Lunatic asylums Central Provinces reports 1910-1926 - 1910-1926
Year: 1910
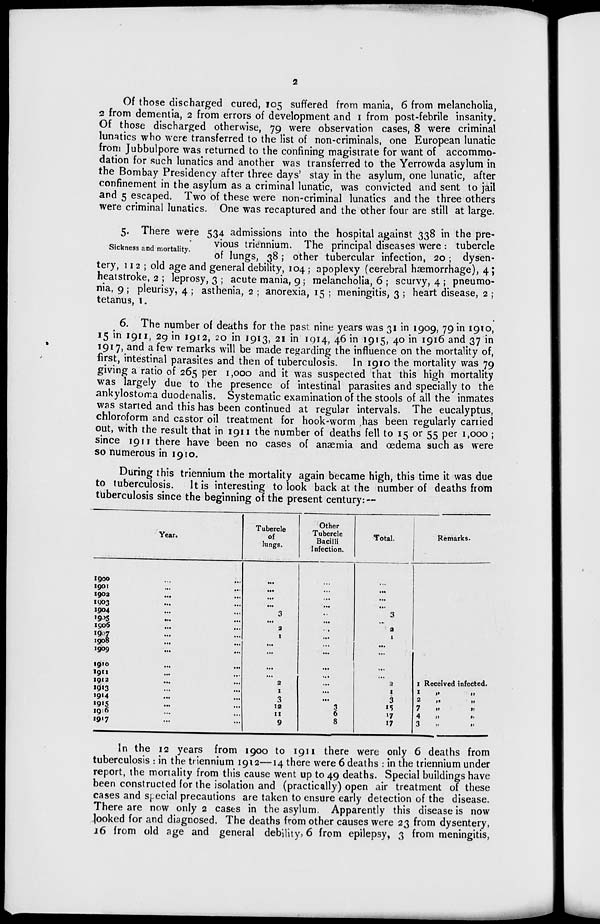
2
Of those discharged cured, 105 suffered from mania, 6 from melancholia,
2 from dementia, 2 from errors of development and 1 from post-febrile insanity.
Of those discharged otherwise, 79 were observation cases, 8 were criminal
lunatics who were transferred to the list of non-criminals, one European lunatic
from Jubbulpore was returned to the confining magistrate for want of accommo-
dation for such lunatics and another was transferred to the Yerrowda asylum in
the Bombay Presidency after three days' stay in the asylum, one lunatic, after
confinement in the asylum as a criminal lunatic, was convicted and sent to jail
and 5 escaped. Two of these were non-criminal lunatics and the three others
were criminal lunatics. One was recaptured and the other four are still at large.
Sickness and mortality.
5. There were 534 admissions into the hospital against 338 in the pre-
vious triennium. The principal diseases were : tubercle
of lungs, 38 ; other tubercular infection, 20 ; dysen-
tery, 112 ; old age and general debility, 104 ; apoplexy (cerebral hæmorrhage), 4 ;
heatstroke, 2 ; leprosy, 3 ; acute mania, 9 ; melancholia, 6 ; scurvy, 4 ; pneumo-
nia, 9 ; pleurisy, 4 ; asthenia, 2 ; anorexia, 15 ; meningitis, 3 ; heart disease, 2 ;
tetanus, 1.
6. The number of deaths for the past nine years was 31 in 1909, 79 in 1910,
15 in 1911, 29 in 1912, 20 in 1913, 21 in 1914, 46 in 1915, 40 in 1916 and 37 in
1917, and a few remarks will be made regarding the influence on the mortality of,
first, intestinal parasites and then of tuberculosis. In 1910 the mortality was 79
giving a ratio of 265 per 1,000 and it was suspected that this high mortality
was largely due to the presence of intestinal parasites and specially to the
ankylostoma duodenalis. Systematic examination of the stools of all the inmates
was started and this has been continued at regular intervals. The eucalyptus,
chloroform and castor oil treatment for hook-worm has been regularly carried
out, with the result that in 1911 the number of deaths fell to 15 or 55 per 1,000 ;
since 1911 there have been no cases of anæmia and œdema 9uch as were
so numerous in 1910.
During this triennium the mortality again became high, this time it was due
to tuberculosis. It is interesting to look back at the number of deaths from
tuberculosis since the beginning of the present century: —
Year.
1900 ... ...
1901 ... ...
1902 ... ...
1903 ... ...
1904 ... ...
1905 ... ...
1906 ... ...
1907 ... ...
1908 ... ...
1909
...
...
1910 ... ...
1911 ... ...
1912 ... ...
1913 ... ...
1914
...
...
1915 ... ...
1916 ... ...
1917 ... ...
Tubercle
of
lungs.
...
...
...
...
3
...
2
1
...
...
...
...
2
1
3
12
11
9
Other
Tubercle
Bacilli
Infection.
...
...
...
...
...
...
...
...
...
...
...
...
...
...
...
3
6
8
Total.
...
...
...
...
3
...
2
1
...
...
...
...
2
1
3
15
17
17
Remarks.
1 Received infected.
1
„
„
2 „ „
7
„
„
4
„
„
3
„
„
In the 12 years from 1900 to 1911 there were only 6 deaths from
tuberculosis : in the triennium 1912—14 there were 6 deaths : in the triennium under
report, the mortality from this cause went up to 49 deaths. Special buildings have
been constructed for the isolation and (practically) open air treatment of these
cases and special precautions are taken to ensure early detection of the disease.
There are now only 2 cases in the asylum. Apparently this disease is now
looked for and diagnosed. The deaths from other causes were 23 from dysentery,
16 from old age and general debility, 6 from epilepsy, 3 from meningitis,